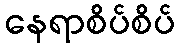
နေရာစိပ်စိပ်